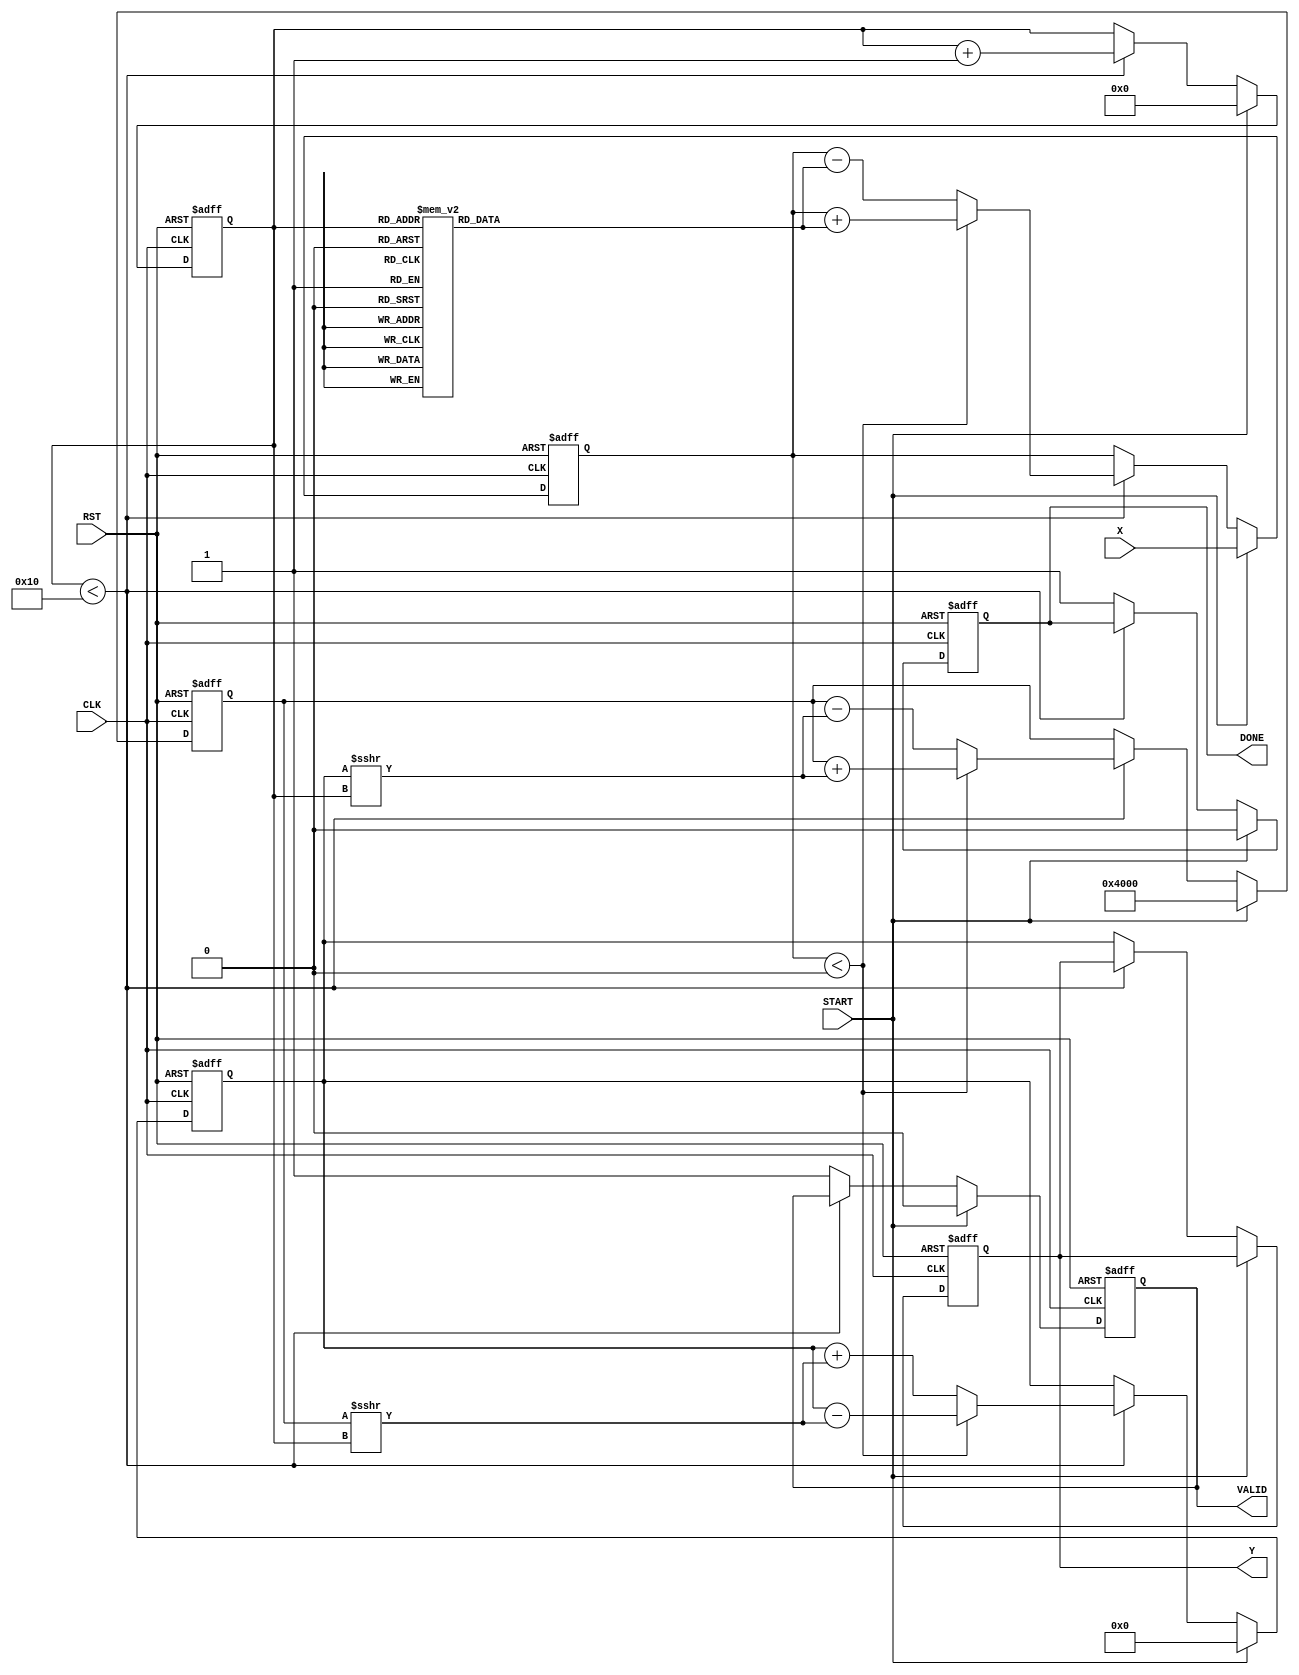
module cordic_reciprocal (
    input wire [15:0] X,        // Input value (fixed-point representation)
    input wire START,           // Control signal to start computation
    input wire CLK,             // Clock signal
    input wire RST,             // Asynchronous reset signal
    output reg [15:0] Y,        // Reciprocal value (fixed-point representation)
    output reg VALID,           // Indicates when the output is valid
    output reg DONE             // Indicates when the computation is done
);

    // Parameters
    parameter NUM_ITERATIONS = 16; // Number of CORDIC iterations
    parameter ANGLE_WIDTH = 16;     // Width of angle representation
    parameter FIXED_POINT_WIDTH = 16; // Width of fixed-point representation

    // Internal signals
    reg [FIXED_POINT_WIDTH-1:0] z; // Current angle
    reg [FIXED_POINT_WIDTH-1:0] x; // Accumulated x value
    reg [FIXED_POINT_WIDTH-1:0] y; // Accumulated y value
    reg [3:0] iteration_counter;     // Iteration counter
    reg [FIXED_POINT_WIDTH-1:0] angle_table [0:NUM_ITERATIONS-1]; // Angle lookup table

    // Initialize angle lookup table
    initial begin
        angle_table[0] = 16'h1C71; // atan(1/2^0)
        angle_table[1] = 16'h1B71; // atan(1/2^1)
        angle_table[2] = 16'h1A7A; // atan(1/2^2)
        angle_table[3] = 16'h19B5; // atan(1/2^3)
        angle_table[4] = 16'h18F6; // atan(1/2^4)
        angle_table[5] = 16'h188E; // atan(1/2^5)
        angle_table[6] = 16'h1824; // atan(1/2^6)
        angle_table[7] = 16'h17B2; // atan(1/2^7)
        angle_table[8] = 16'h1740; // atan(1/2^8)
        angle_table[9] = 16'h16D0; // atan(1/2^9)
        angle_table[10] = 16'h1660; // atan(1/2^10)
        angle_table[11] = 16'h15F0; // atan(1/2^11)
        angle_table[12] = 16'h1580; // atan(1/2^12)
        angle_table[13] = 16'h1510; // atan(1/2^13)
        angle_table[14] = 16'h14A0; // atan(1/2^14)
        angle_table[15] = 16'h1430; // atan(1/2^15)
    end

    // State machine for CORDIC operation
    always @(posedge CLK or posedge RST) begin
        if (RST) begin
            // Reset all registers and outputs
            Y <= 16'b0;
            VALID <= 1'b0;
            DONE <= 1'b0;
            iteration_counter <= 4'b0;
            x <= 16'b0;
            y <= 16'b0;
            z <= 16'b0;
        end else if (START) begin
            // Initialize values
            x <= 16'h4000; // Initial value for x (1.0 in fixed-point)
            y <= 16'b0;    // Initial value for y
            z <= X;        // Load input value into z
            iteration_counter <= 4'b0; // Reset iteration counter
            VALID <= 1'b0; // Clear valid signal
            DONE <= 1'b0;  // Clear done signal
        end else if (iteration_counter < NUM_ITERATIONS) begin
            // CORDIC iteration
            if (z < 0) begin
                // Rotate clockwise
                x <= x + (y >>> iteration_counter);
                y <= y - (x >>> iteration_counter);
                z <= z + angle_table[iteration_counter];
            end else begin
                // Rotate counter-clockwise
                x <= x - (y >>> iteration_counter);
                y <= y + (x >>> iteration_counter);
                z <= z - angle_table[iteration_counter];
            end
            iteration_counter <= iteration_counter + 1;
        end else begin
            // Computation done
            Y <= y; // Store the computed reciprocal
            VALID <= 1'b1; // Set valid signal
            DONE <= 1'b1;  // Set done signal
        end
    end

endmodule